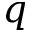
q